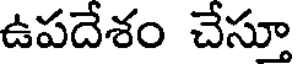
ఉపదేశం చేస్తూ